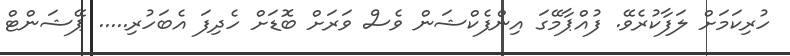
ހުރިކަމަށް ލަފާކުރެވޭ. ފުއްޕާމޭގަ އިންފެކްޝަން ވެސް ވަރަށް ބޮޑަށް ހެދިފަ އެބަހުރި..... ޕޭޝަންޓް